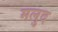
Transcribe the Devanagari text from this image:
मलुद